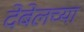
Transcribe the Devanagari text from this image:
देबेलच्या